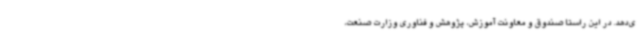
ی‌دهد. در این راستا صندوق و معاونت آموزش، پژوهش و فناوری وزارت صنعت،